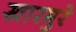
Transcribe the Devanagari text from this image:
खारमुरे